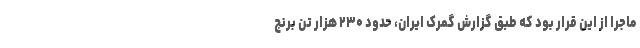
ماجرا از این قرار بود که طبق گزارش گمرک ایران، حدود ۲۳۰ هزار تن برنج